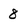
Character: 8